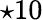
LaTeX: \star 10